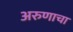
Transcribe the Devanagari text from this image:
अरुणाचा